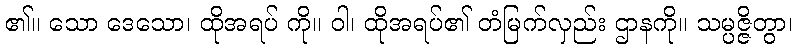
၏။ သော ဒေသော၊ ထိုအရပ် ကို။ ဝါ၊ ထိုအရပ်၏ တံမြက်လှည်း ဌာနကို။ သမ္ပဇ္ဇိတွာ၊